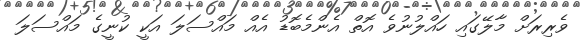
ވެރިރަށް މާލޭގައި ހައްލުނުވެ އޮތް އެންމެބޮޑު އެއް މައްސަލަ އަކީ ކުނީގެ މައްސަލަ